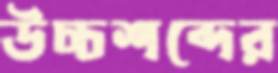
উচ্চশব্দের